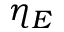
\eta _ { E }